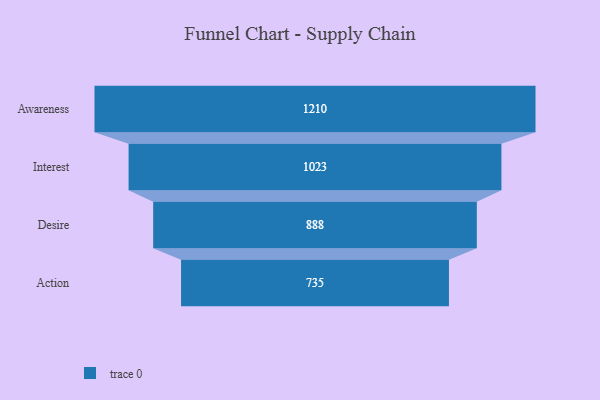
{"axis": {"x": "Stage", "y": "Value"}, "legend": [""], "data": [{"x": "Awareness", "y": 1210.0, "type": ""}, {"x": "Interest", "y": 1023.0, "type": ""}, {"x": "Desire", "y": 888.0, "type": ""}, {"x": "Action", "y": 735.0, "type": ""}]}